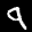
Label: 9